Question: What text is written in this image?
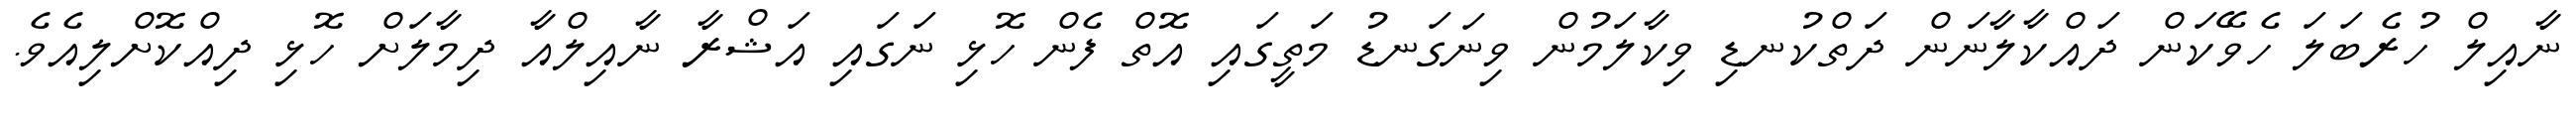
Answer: ނާއިލް ހުރެބަލަ ހެވޭކަން ދައްކާލާނަން ދަތްކުނޑި ވިކާލަމުން ވިނަގަނޑު މަތީގައި އޮތް ފެން ހޮޅި ނަގައި އަޝްރާ ނާއިލްއާ ދިމާލަށް ހޮޅި ދިއްކޮށްލިއެވެ.